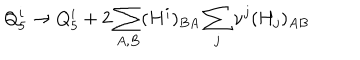
Q _ { 5 } ^ { i } \to Q _ { 5 } ^ { i } + 2 \sum _ { A , B } ( H ^ { i } ) _ { B A } \sum _ { j } \nu ^ { j } ( H _ { j } ) _ { A B }